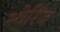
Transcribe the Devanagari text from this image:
स्वेरिंज